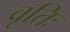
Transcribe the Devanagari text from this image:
वृतिः